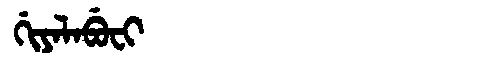
Manchu: ᡤᡳᠶᠠᠯᠠᠪᡠᠸᡳ
Romanization: GIYALABUFI